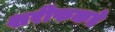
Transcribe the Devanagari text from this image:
शरीफकडे